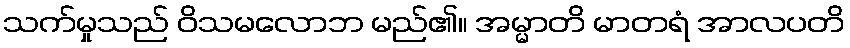
သက်မှုသည် ဝိသမလောဘ မည်၏။ အမ္မာတိ မာတရံ အာလပတိ